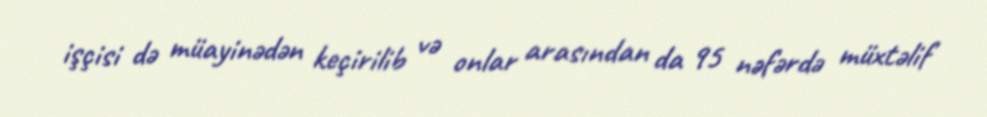
işçisi də müayinədən keçirilib və onlar arasından da 95 nəfərdə müxtəlif